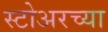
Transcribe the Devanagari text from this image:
स्टोअरच्या